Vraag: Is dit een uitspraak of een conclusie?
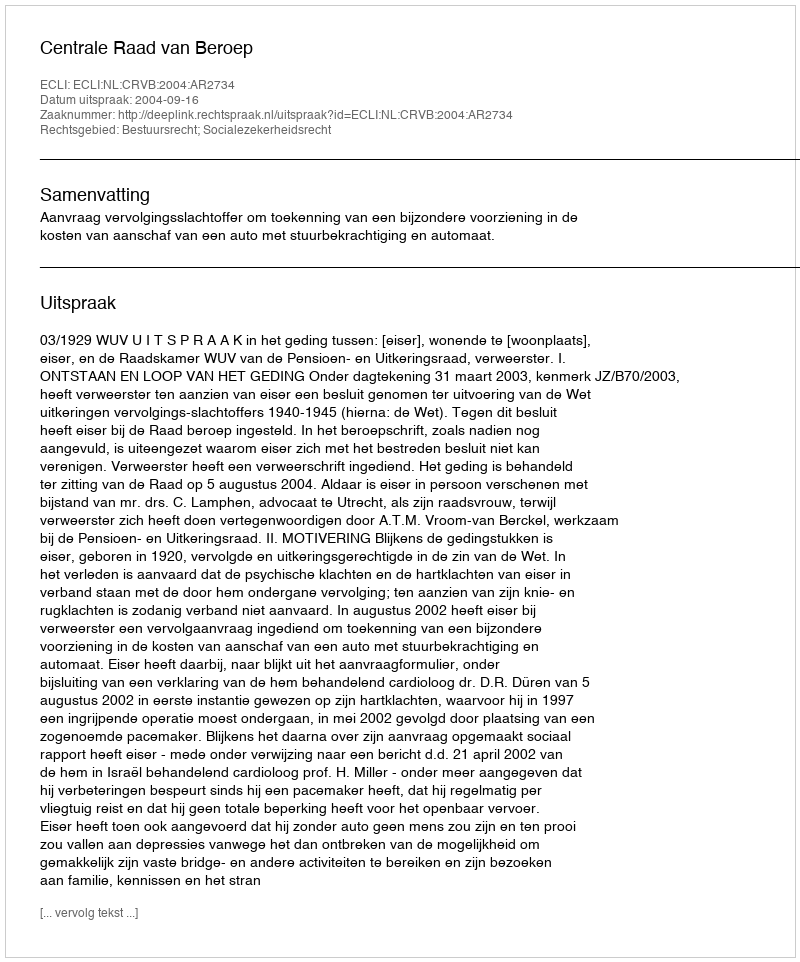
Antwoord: Uitspraak